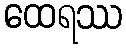
ထေရဿ